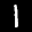
Label: 1